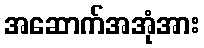
အဆောက်အအုံအား